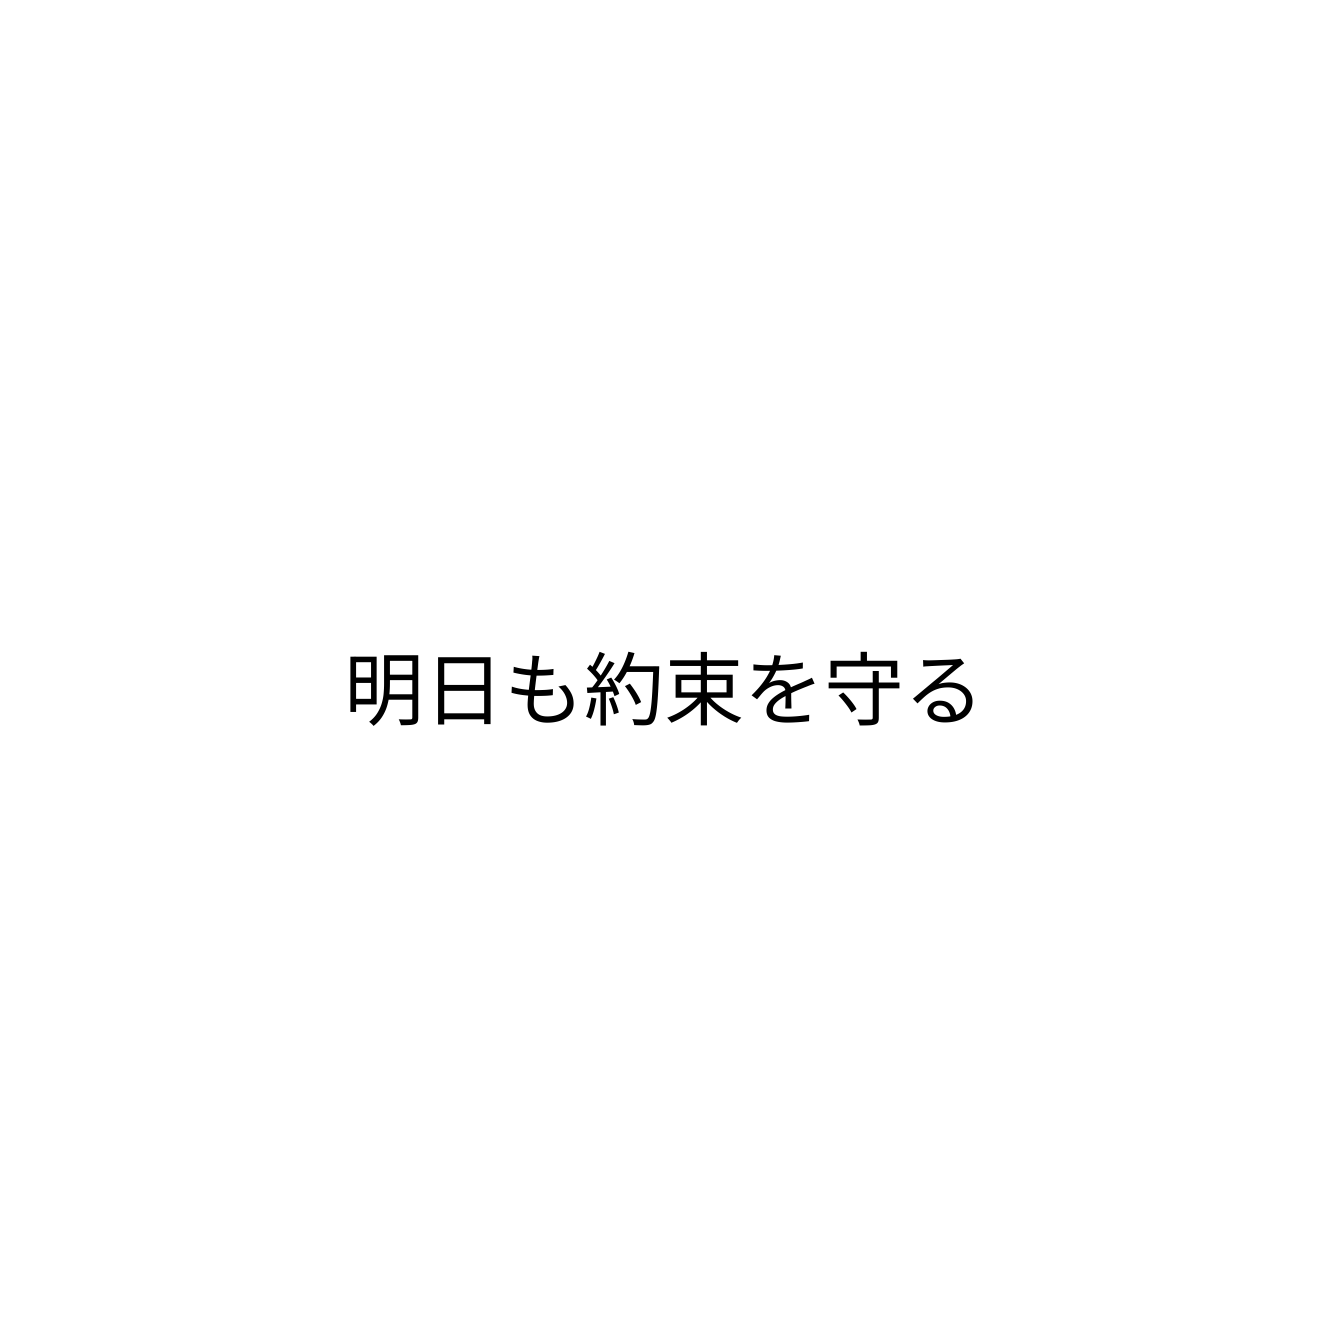
明日も約束を守る